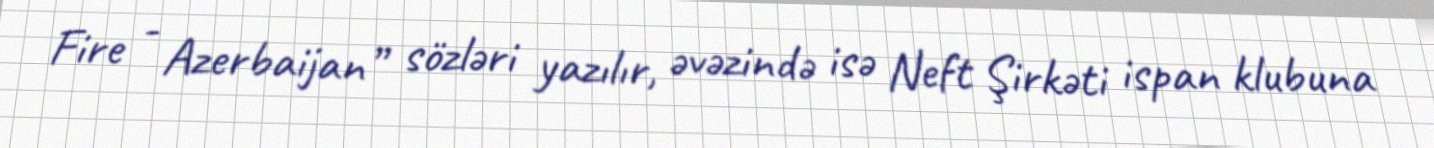
Fire - Azerbaijan” sözləri yazılır, əvəzində isə Neft Şirkəti ispan klubuna